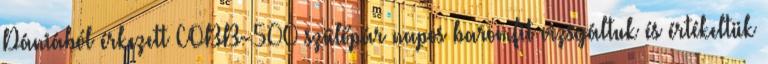
Dániából érkezett COBB-500 szülőpár napos baromfit vizsgáltuk és értékeltük